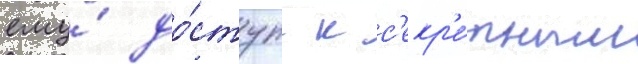
ему́ до́ступ к с'екр'е́тным